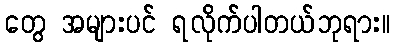
တွေ အများပင် ရလိုက်ပါတယ်ဘုရား။